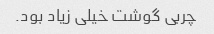
چربی گوشت خیلی زیاد بود.